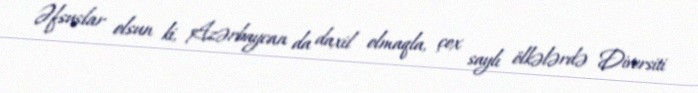
Əfsuslar olsun ki, Azərbaycan da daxil olmaqla, çox saylı ölkələrdə Diversiti